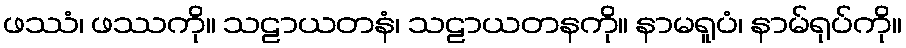
ဖဿံ၊ ဖဿကို။ သဠာယတနံ၊ သဠာယတနကို။ နာမရူပံ၊ နာမ်ရုပ်ကို။